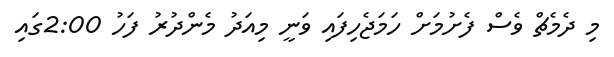
މި ދެމެޗް ވެސް ފެށުމަށް ހަމަޖެހިފައި ވަނީ މިއަދު މެންދުރު ފަހު 2:00ގައި